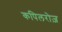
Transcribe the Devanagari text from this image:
कपिलरोज़